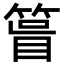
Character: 𥰀